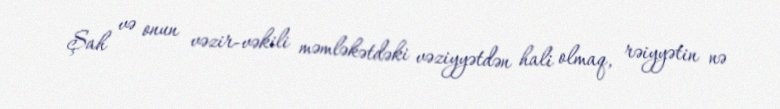
Şah və onun vəzir-vəkili məmləkətdəki vəziyyətdən hali olmaq, rəiyyətin nə